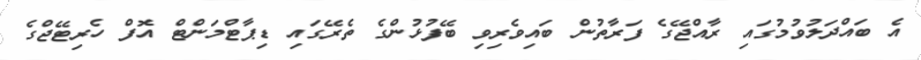
އެ ބައްދަލުވުމުގައި ރާއްޖޭގެ ފަރާތުން ބައިވެރިވި ބޭފުޅުންގެ ތެރޭގައި ޑިޕާޓްމަންޓް އޮފް ހެރިޓޭޖްގެ